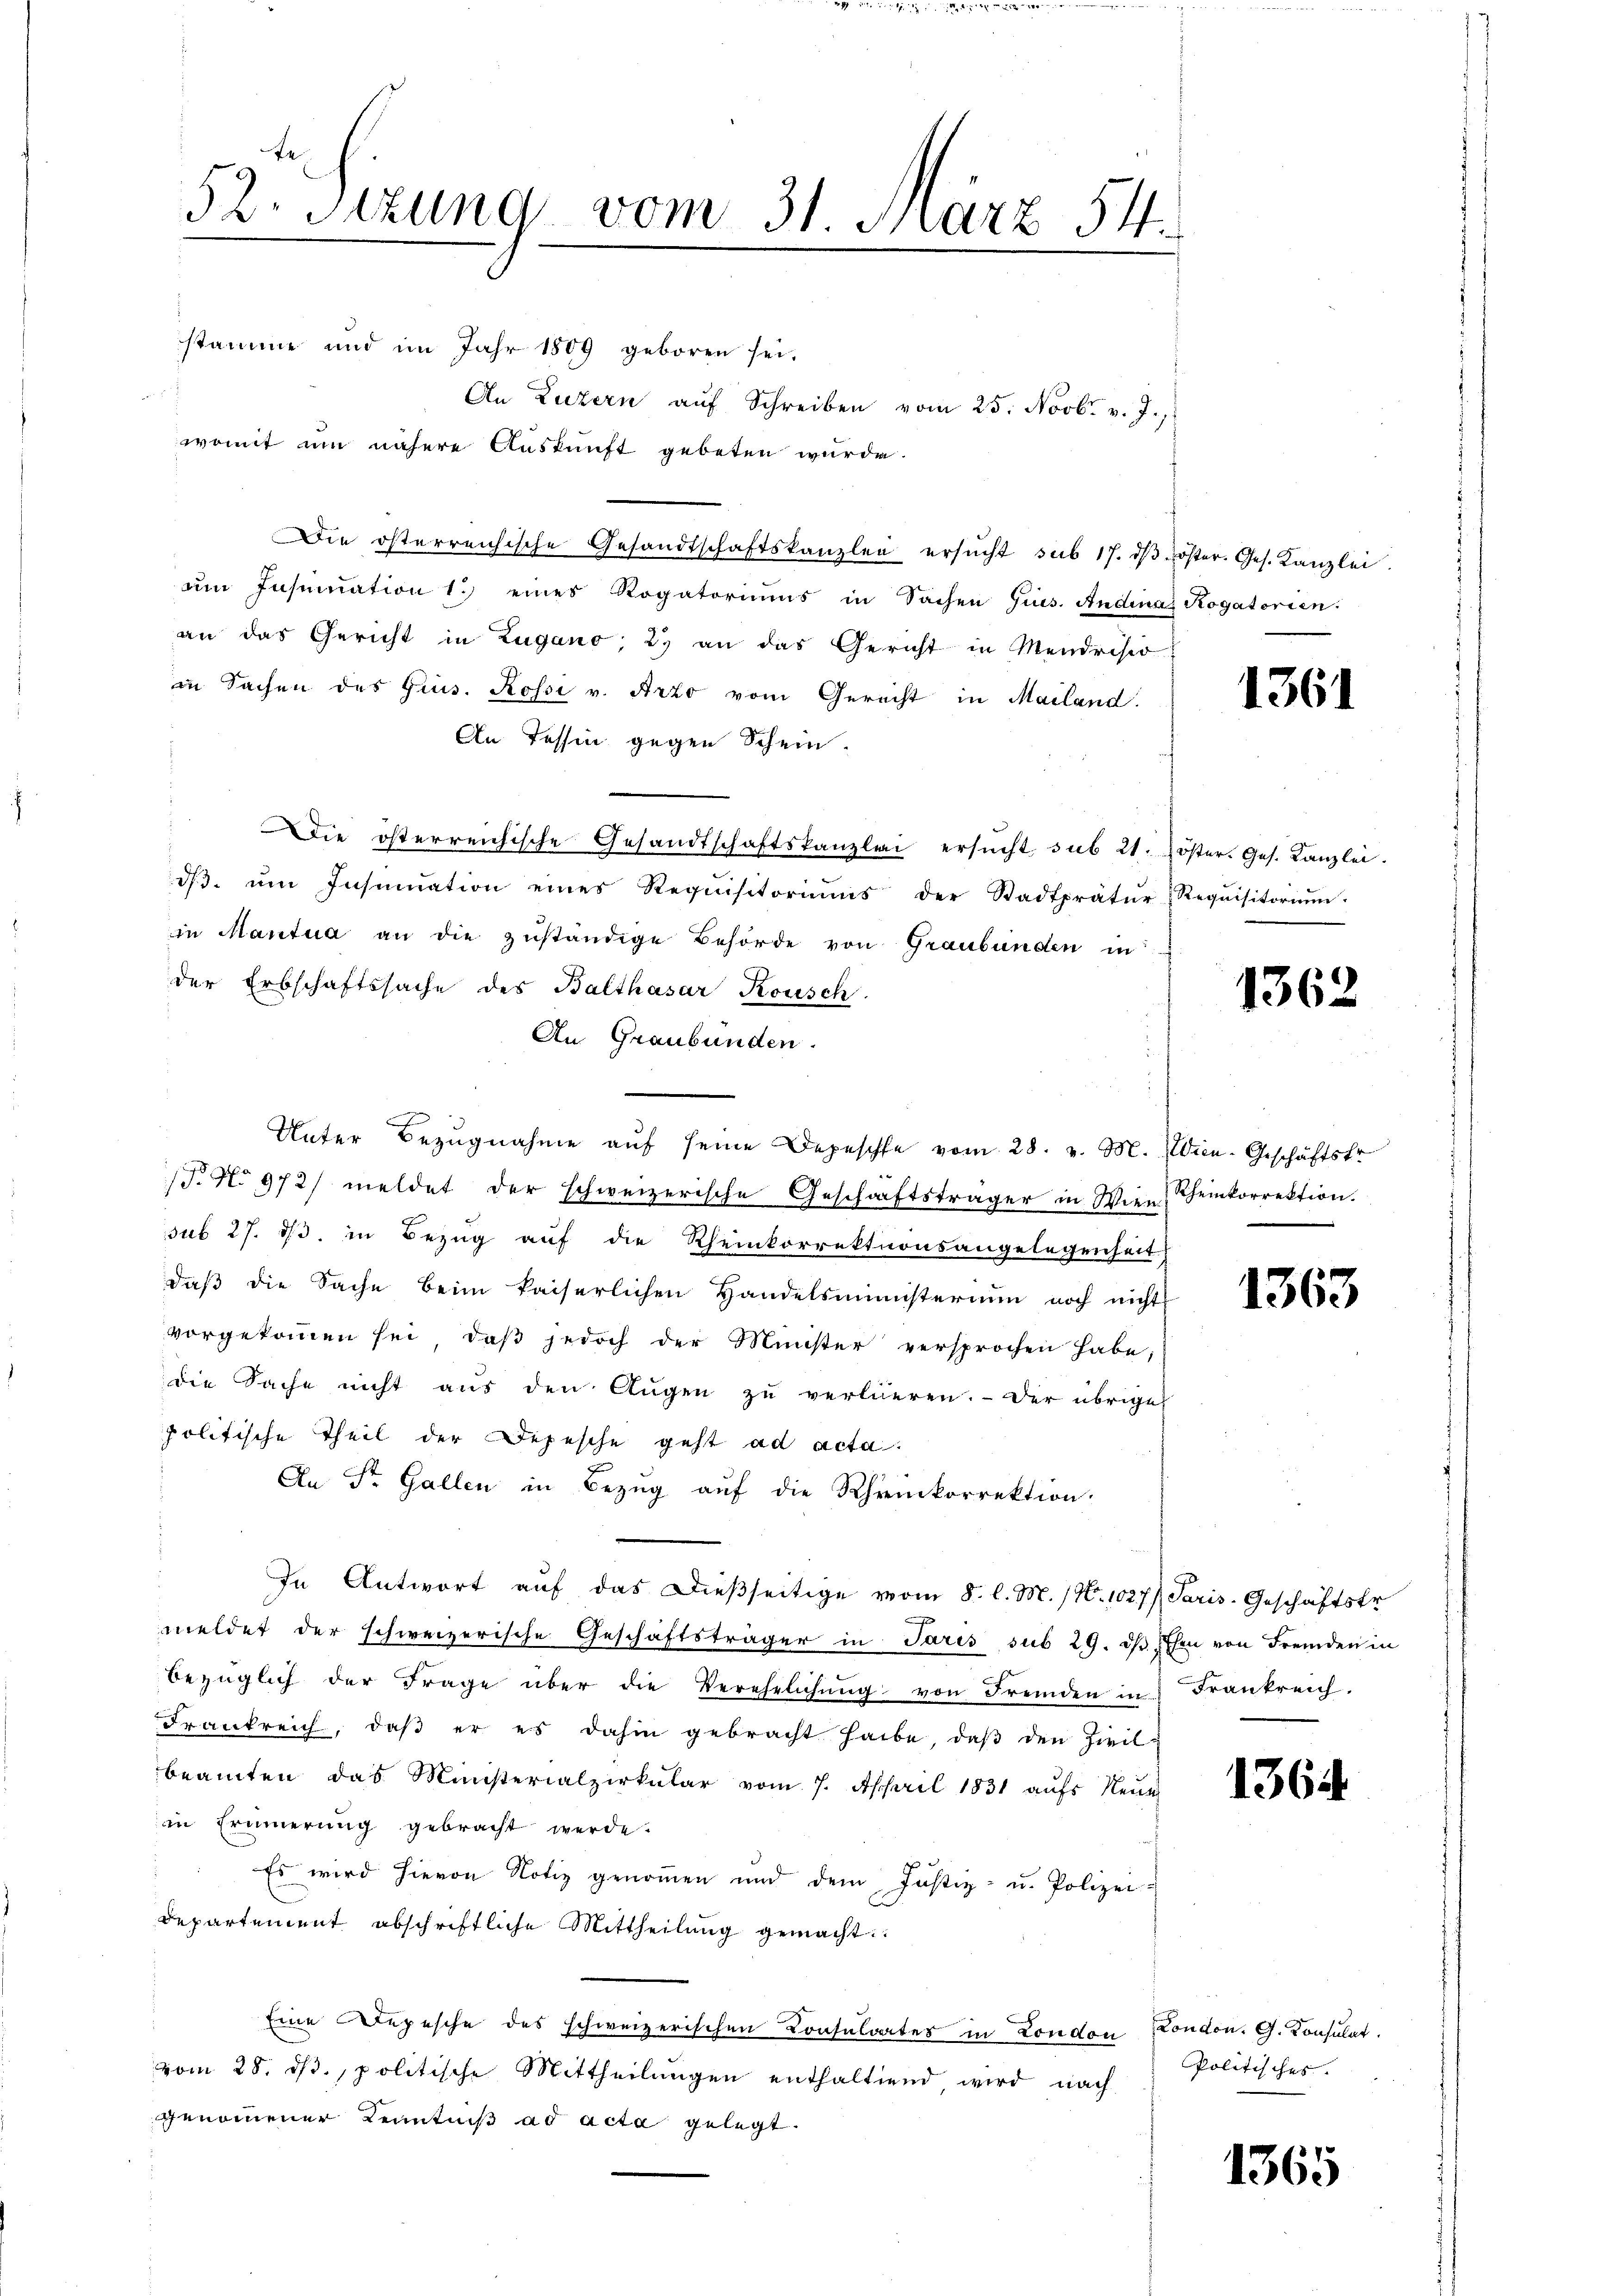
stamme und im Jahr 1809 geboren sei.
An Luzern aŭf Schreiben vom 25. Novbr. v. J.,
womit um nähere Auskunft gebeten wurde.
Die österreichische Gesandtschaftskanzlei ersŭcht sub 17. dβ öster. Ges. Kanzlei.
um Insinuation 1. eines Rogatoriums in Sachen Ges. Andinas Rogatorien:
an das Gericht in Zugano, 29 an das Gericht in Mendrisio
in Sachen des Gins. Rossi v. Arzo vom Gerecht in Mailand.
An Tessin gegen Schein.
Die österreichische Gesandtschaftskanzlei ersŭcht sub 21. öster. Ges. Kanzlei.
dβ ŭm Insinuation eines Requisitoriŭms der Stadtprätŭr-Requisitoriŭm
in Mantua an die zŭständige Behörde von Graubünden in
der Erbschaftssache des Balthasar Konsch
An Graubünden.
Unter Bezŭgnahme aŭf seine Depesche vom 28. v. M. Zien-Geschäftsfr.
T. No 972/ meldet der schweizerische Geschäftsträger in Wien Scheinkorrektion.
sub 27. ds. in Bezug auf die Rheinkorrektionsangelegenheit
daß die Sache beim kaiserlichen Handelsministerium noch nichts
vorgekoṁen sei, daβ jedoch der Minister versprochen habe;
die Sache nicht aŭs den Aŭgen zŭ verlieren. Der übrige
politische Theil der Depesche geht ad acta.
An St. Gallen in Bezŭg aŭf die Rheinkorrektion.
In Antwort auf das dießseitige vom 8. l. M. (N. 1027/ Paris. Geschäftsfr
meldet der schweizerische Geschäftsträger in Paris sub 29. d. Ehen von Fremden in
bezüglich der Frage über die Verehelichŭng von Fremden in Frankreich.
Frankreich, daβ er es dahin gebracht habe, daβ den Zivilbeamten das Ministerialpirkŭlar vom 7. Appril 1831 aufs Neue
in Erinnerung gebracht werde.
Es wird hievon Notiz genommen und dem Justiz- u. Polizei-
departement abschriftliche Mittheilung gemacht
Eine Depesche des schweizerischen Consulates in London London. G. Konsulat.
vom 28. dβ. politische Mittheilŭngen enthaltend wird nach
genommener Kenntniß ad acta gelegt.

52. Sizung vom 31. März 54.

1361

1362

1363

1364.

Politisches. |

1365